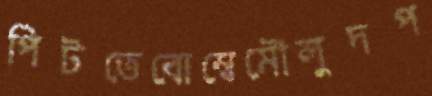
পিটতেবোম্বেমৌলুদপ